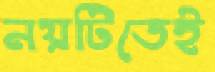
নয়টিতেই